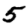
Digit: 5